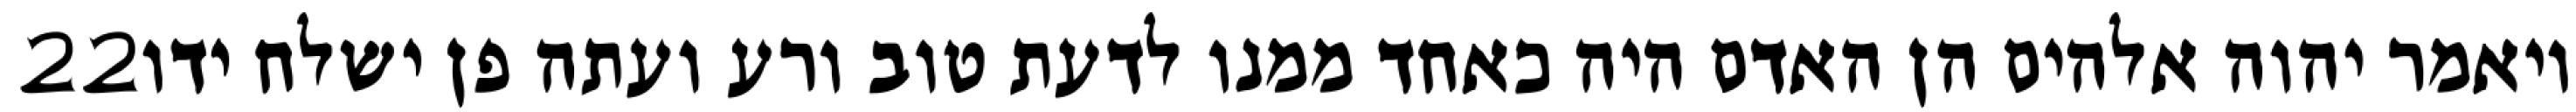
‎22‏ ויאמר יהוה אלהים הן האדם היה כאחד ממנו לדעת טוב ורע ועתה פן ישלח ידו